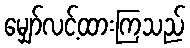
မျှော်လင့်ထားကြသည်